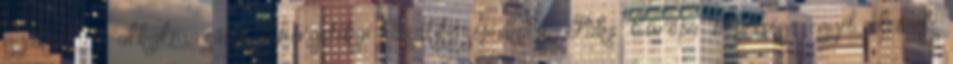
gyakorlati alkalmazásai Energetikai Szakközépiskola, Paks Európa népessége egyéb elemek